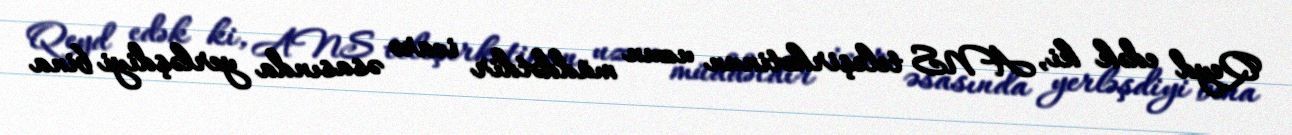
Qeyd edək ki, ANS teleşirkətinun uzun müddətdir icarə əsasında yerləşdiyi bina